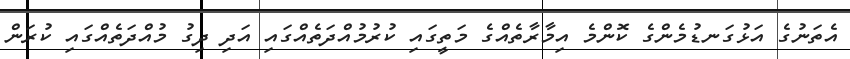
އެތަނުގެ އަޅުގަނޑުމެންގެ ކޮންމެ އިމާރާތެއްގެ މަތީގައި ކުރުމުއްދަތެއްގައި އަދި ދިގު މުއްދަތެއްގައި ކުރަން